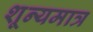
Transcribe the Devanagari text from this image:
शून्यमात्र